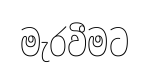
මැරවීමට